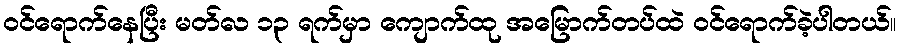
ဝင်ရောက်နေပြီး မတ်လ ၁၃ ရက်မှာ ကျောက်ထု အမြောက်တပ်ထဲ ဝင်ရောက်ခဲ့ပါတယ်။